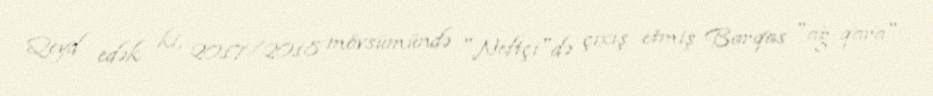
Qeyd edək ki, 2017/2018 mövsümündə "Neftçi"də çıxış etmiş Barqas "ağ-qara"